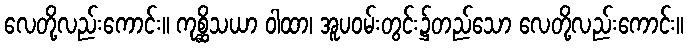
လေတို့လည်းကောင်း။ ကုစ္ဆိသယာ ဝါထာ၊ အူပဝမ်းတွင်း၌တည်သော လေတို့လည်းကောင်း။